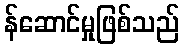
န်ဆောင်မှုဖြစ်သည်